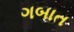
ગબાત